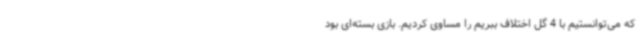
که می‌توانستیم با 4 گل اختلاف ببریم را مساوی کردیم. بازی بسته‌ای بود